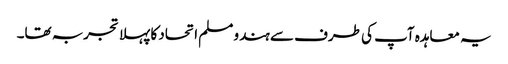
یہ معاہدہ آپ کی طرف سے ہندو مسلم اتحاد کا پہلا تجربہ تھا۔